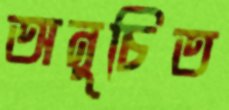
অনুচিত